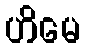
ဟိမေ